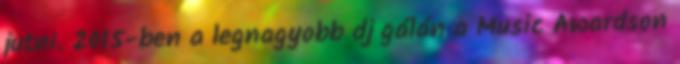
jutni. 2015-ben a legnagyobb dj gálán a Music Awardson